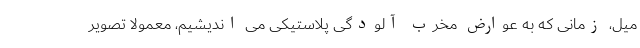
میل، زمانی که به عوارض مخرب آلودگی پلاستیکی می اندیشیم، معمولا تصویر